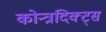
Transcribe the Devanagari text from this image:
कोन्त्रदिक्ट्स